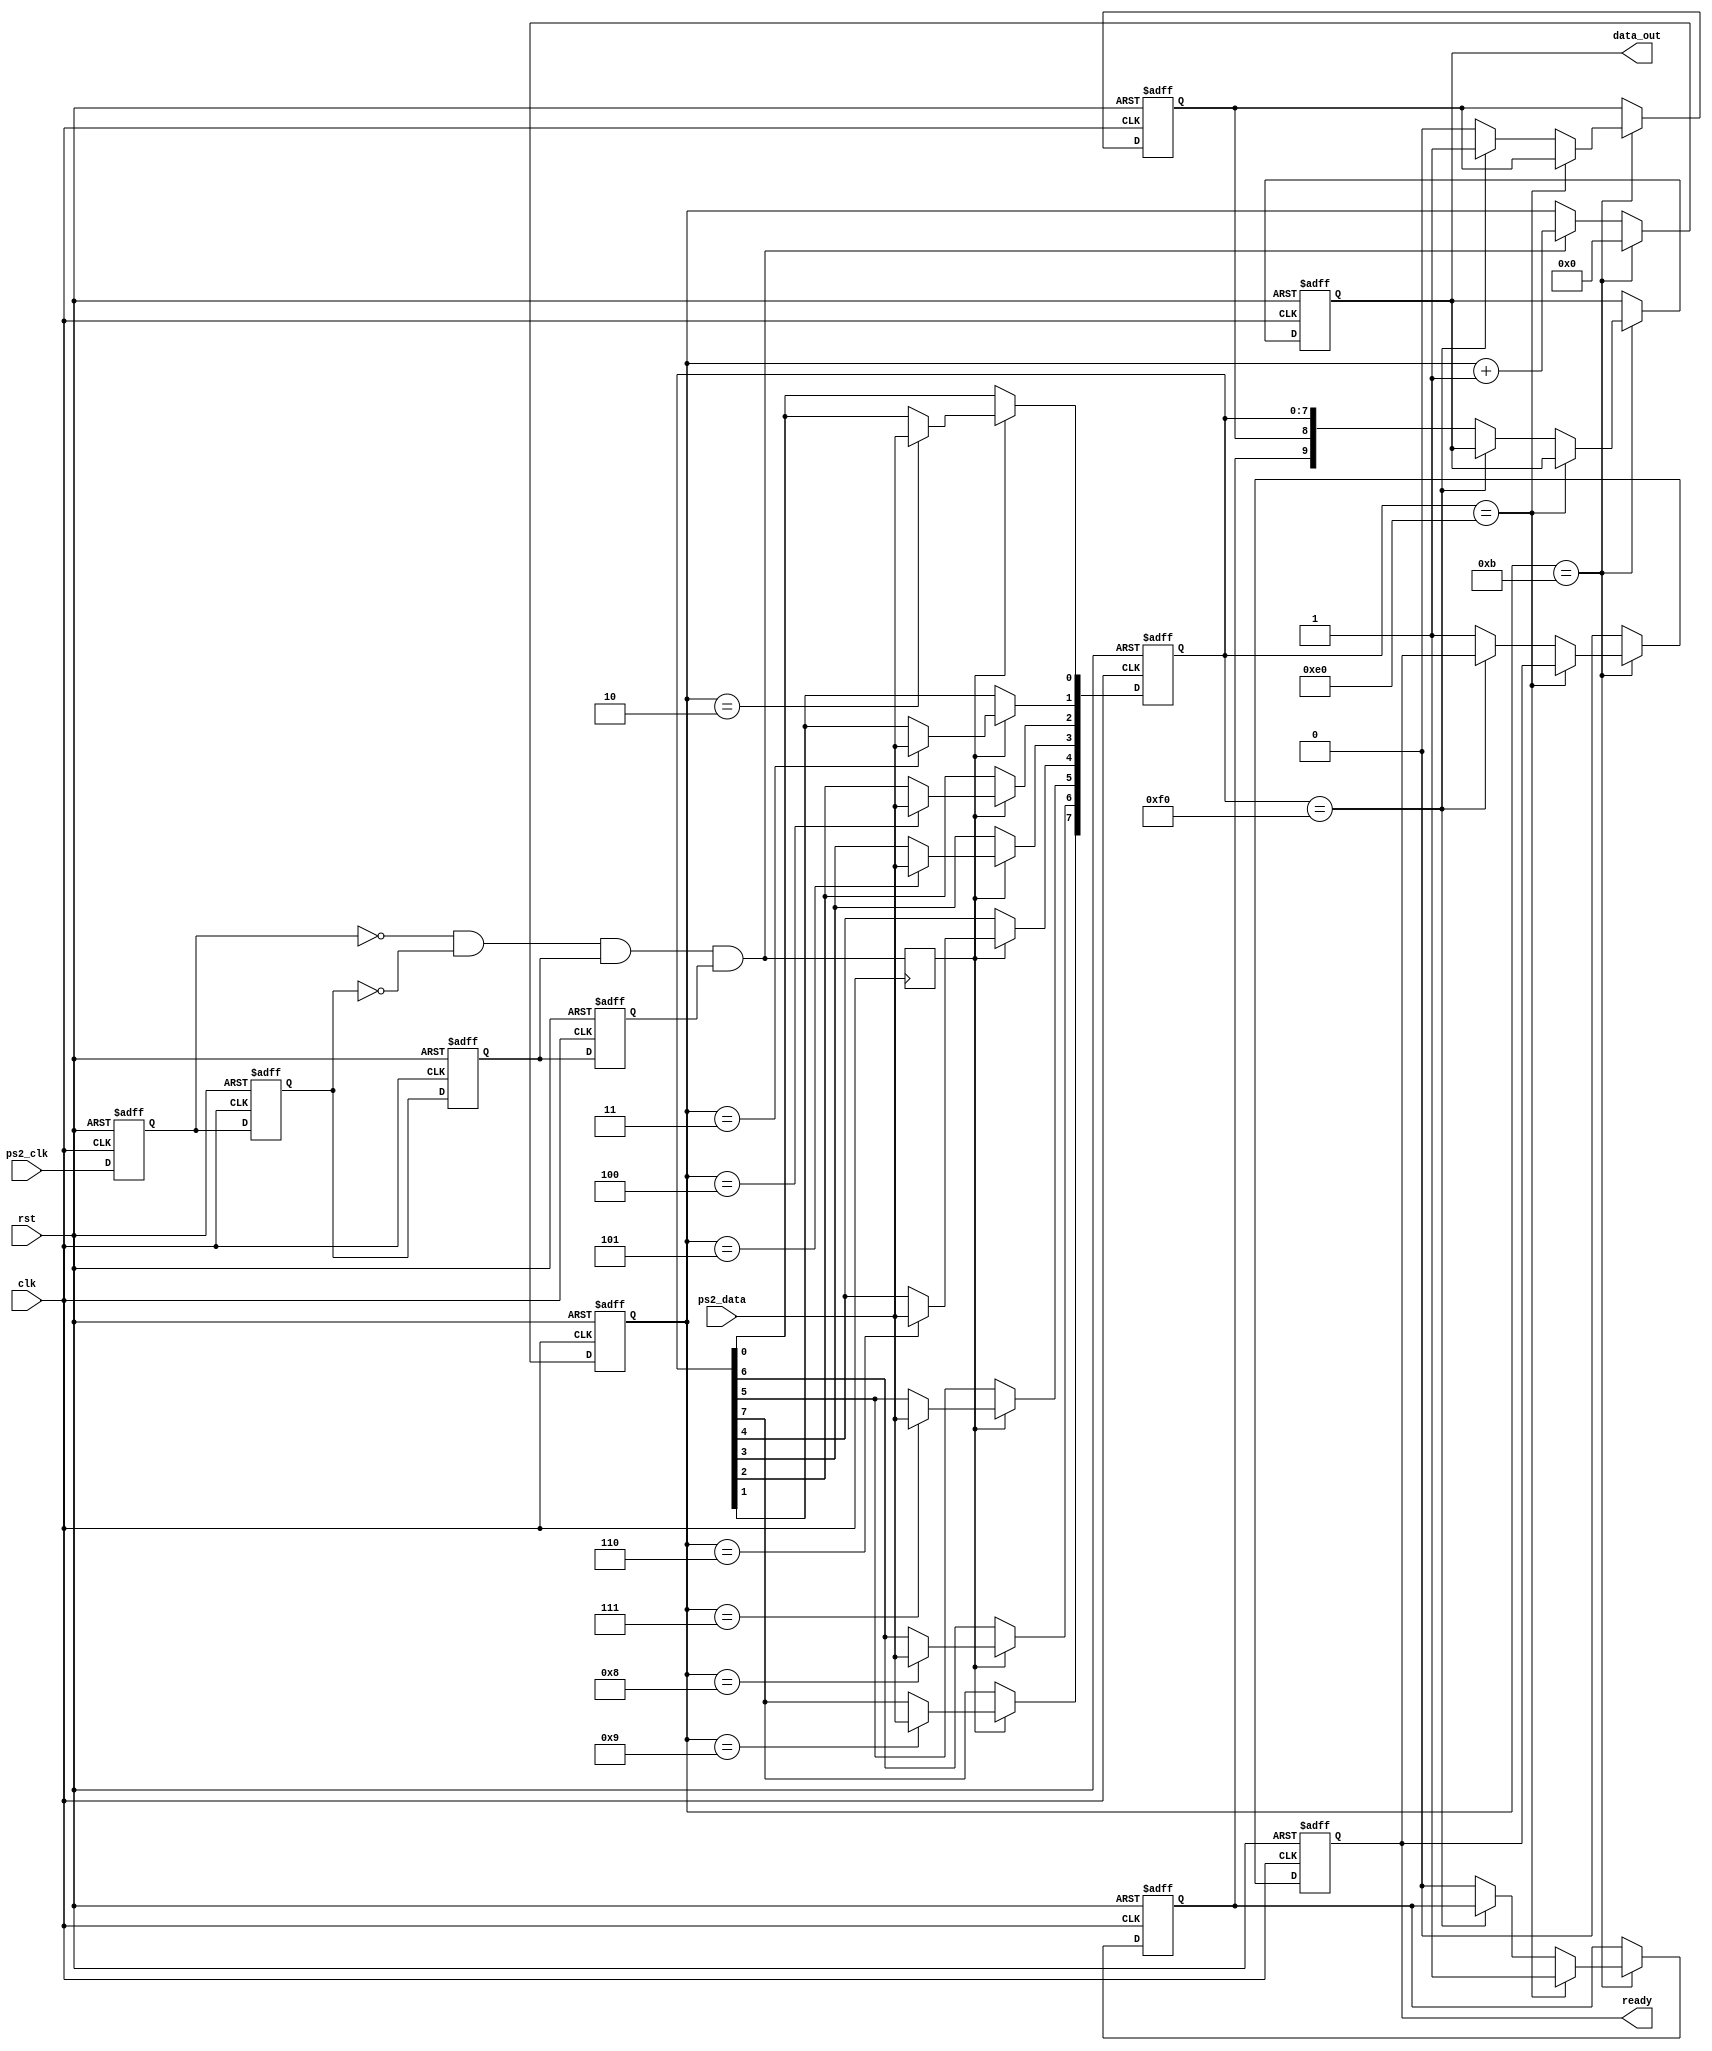
`timescale 1ns / 1ps
//////////////////////////////////////////////////////////////////////////////////
// Company: 
// Engineer: 
// 
// Design Name: 
// Module Name:    PS2_Keyboard 
// Project Name: 
// Target Devices: 
// Tool versions: 
// Description: 
//
// Dependencies: 
//
// Revision: 
// Revision 0.01 - File Created
// Additional Comments: 
//
//////////////////////////////////////////////////////////////////////////////////
module PS2_Keyboard(
input clk,
input rst,
input ps2_clk,
input ps2_data,
output [9:0] data_out,
output ready
    );

    reg ps2_clk_sign0, ps2_clk_sign1, ps2_clk_sign2, ps2_clk_sign3;
    wire negedge_ps2_clk;
    always @ (posedge clk or posedge rst) begin
        if(rst) begin
            ps2_clk_sign0 <= 1'b0;
            ps2_clk_sign1 <= 1'b0;
            ps2_clk_sign2 <= 1'b0; 
            ps2_clk_sign3 <= 1'b0;
        end
        else begin
            ps2_clk_sign0 <= ps2_clk;
            ps2_clk_sign1 <= ps2_clk_sign0;
            ps2_clk_sign2 <= ps2_clk_sign1; 
            ps2_clk_sign3 <= ps2_clk_sign2;  
        end
    end

    assign negedge_ps2_clk = !ps2_clk_sign0 & !ps2_clk_sign1 & ps2_clk_sign2 & ps2_clk_sign3;
    reg [3:0] cnt;
    always @(posedge clk or posedge rst) begin
        if(rst)
            cnt <= 4'd0;
        else if(cnt == 4'd11)
            cnt <= 4'd0;
        else if(negedge_ps2_clk)
            cnt <= cnt + 1'b1;
    end

    reg negedge_ps2_clk_shift;
    always @ (posedge clk) begin
        negedge_ps2_clk_shift <= negedge_ps2_clk;
    end

    reg [7:0] data_in;
    always @ (posedge clk or posedge rst) begin
        if(rst)
            data_in <= 8'd0;
        else if(negedge_ps2_clk_shift) begin
            case(cnt)
                4'd2 : data_in[0] <= ps2_data;
                4'd3 : data_in[1] <= ps2_data;
                4'd4 : data_in[2] <= ps2_data;
                4'd5 : data_in[3] <= ps2_data;
                4'd6 : data_in[4] <= ps2_data;
                4'd7 : data_in[5] <= ps2_data;
                4'd8 : data_in[6] <= ps2_data;
                4'd9 : data_in[7] <= ps2_data;
                default : data_in <= data_in;
            endcase 
        end else
            data_in <= data_in;
    end

    reg key_break, key_done, key_expand;
    reg [9:0] data;
    always @ (posedge clk or posedge rst) begin
        if(rst) begin
            key_break <= 1'b0;
            data <= 10'd0;
            key_done <= 1'b0;
            key_expand <= 1'b0;
        end else if(cnt == 4'd11) begin
            if(data_in == 8'hE0)
                key_expand <= 1'b1;
            else if(data_in == 8'hF0)
                key_break <= 1'b1;
            else begin
                data <= {key_expand, key_break, data_in};
                key_done <= 1'b1;
                key_expand <= 1'b0;
                key_break <= 1'b0;
            end  
        end else begin
            data <= data;
            key_done <= 1'b0;
            key_expand <= key_expand;
            key_break <= key_break;
        end
    end

    assign data_out = data;
    assign ready = key_done;

endmodule